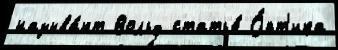
называ́ют Вольф статье́ О́пт'ика